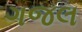
ગજલ